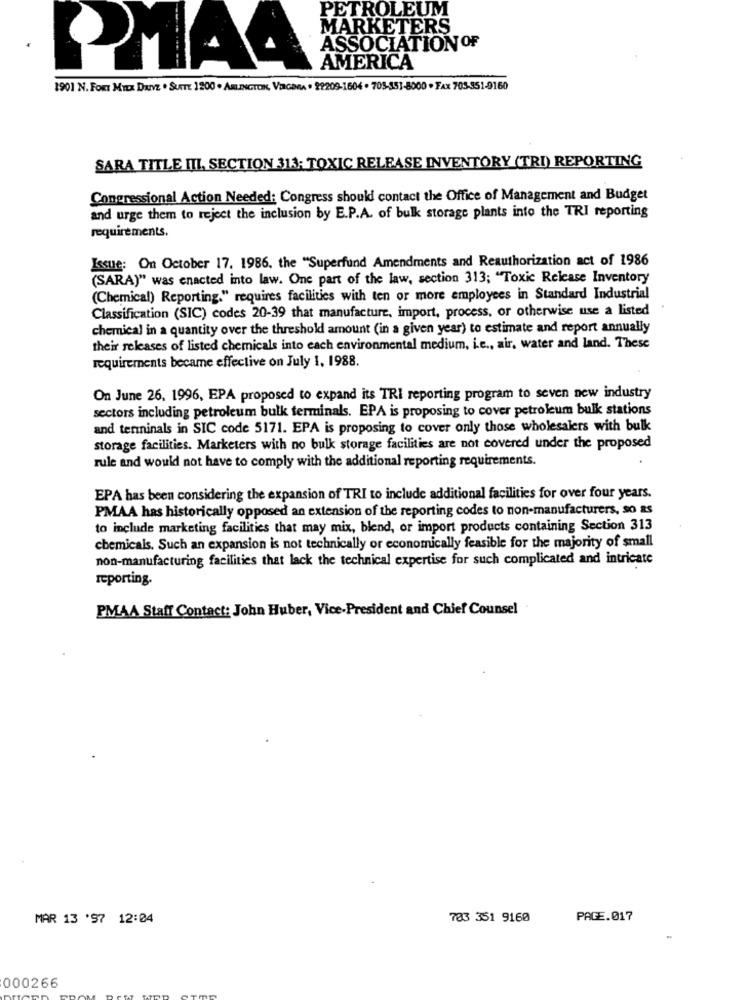
PETROLEUM
MARKETERS
ASSOCIATION OF
AMERICA
1901 N. FORT MILK DRIVE . SUITE 1200 . ARLINGTON, VERIGAMMA # 22209-1604 . 705-353-8000 - FAX 705-351-9160
SARA TITLE IIL, SECTION 313; TOXIC RELEASE INVENTORY (TRI) REPORTING
Congressional Action Needed: Congress should contact the Office of Management and Budget
and urge them to reject the inclusion by E.P.A. of bulk storage plants into the TRI reporting
requirements.
Issue: On October 17. 1986. the "Superfund Amendments and Reauthorization act of 1986
(SARA)" was enacted into law. One part of the law, section 313; "Toxic Release Inventory
(Chemical) Reporting." requires facilities with ten or more employees in Standard Industrial
Classification (SIC) codes 20-39 that manufacture, import, process, or otherwise use a listed
chemical in a quantity over the threshold amount (in a given year) to estimate and report annually
their releases of listed chemicals into each environmental medium, i.e ., air, water and land. These
requirements became effective on July 1, 1988.
On June 26. 1996, EPA proposed to expand its TRI reporting program to seven new industry
sectors including petroleum bulk terminals. EPA is proposing to cover petroleum bulk stations
and terminals in SIC code 5171. EPA is proposing to cover only those wholesalers with bulk
storage facilities. Marketers with no bulk storage facilities are not covered under the proposed
rule and would not have to comply with the additional reporting requirements.
EPA has been considering the expansion of TRI to include additional facilities for over four years.
PMAA has historically opposed an extension of the reporting codes to non-manufacturers, so as
to include marketing facilities that may mix, blend, or import products containing Section 313
chemicals. Such an expansion is not technically or economically feasible for the majority of small
non-manufacturing facilities that lack the technical expertise for such complicated and intricate
reporting.
PMAA Staff Contact: John Huber, Vice-President and Chief Counsel
MAR 13 '97 12:04
703 351 9160
PAGE.017
000266